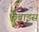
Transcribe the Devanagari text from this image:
फैब्राइस